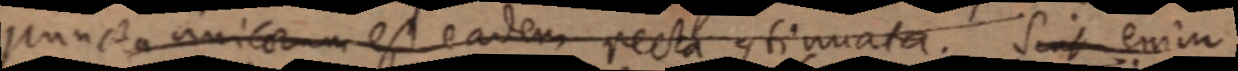
puncta unicorum est eadem recta continuata. Sint enim